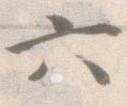
六